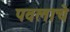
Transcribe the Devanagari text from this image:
पवलाचे